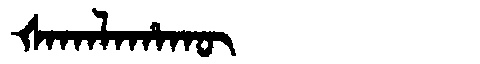
Manchu: ᡧᠠᡴᠠᠯᠠᡥᠠᡴᡡ
Romanization: ŠAKALAHAKŪ